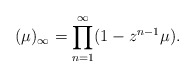
\begin{align*}(\mu)_\infty = \prod_{n=1}^\infty(1-z^{n-1}\mu).\end{align*}